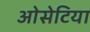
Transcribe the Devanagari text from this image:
ओसेटिया